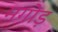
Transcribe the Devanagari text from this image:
मगोड़